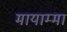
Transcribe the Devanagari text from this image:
मायाम्मा